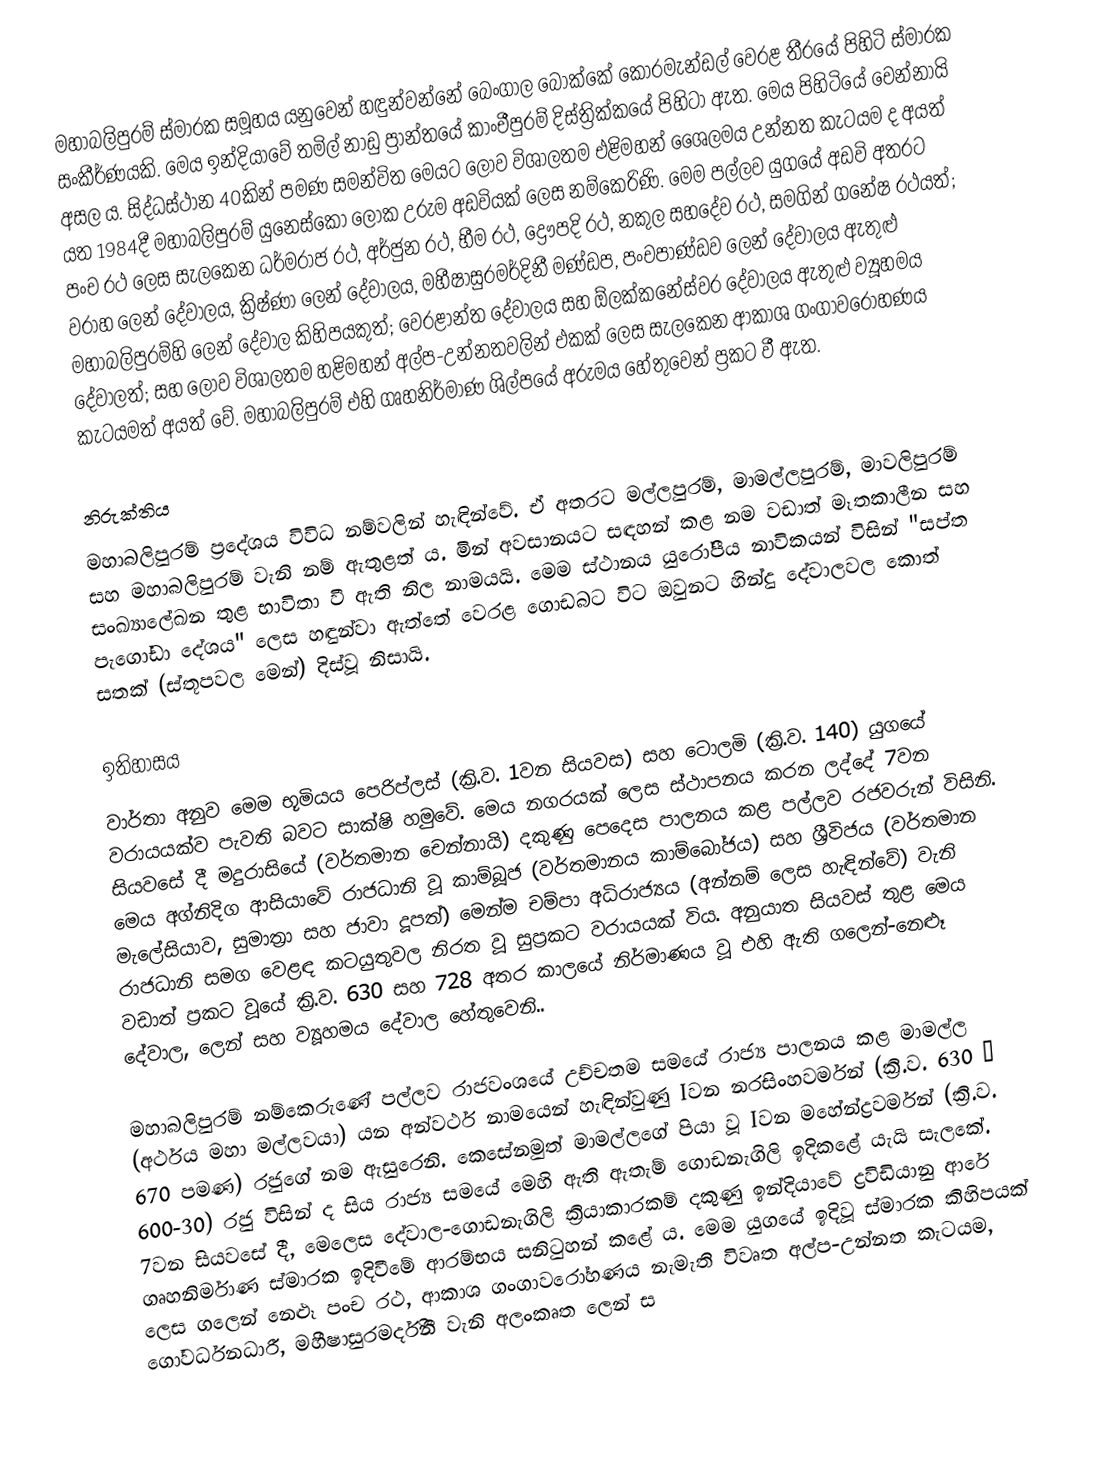
මහාබලිපුරම් ස්මාරක සමූහය යනුවෙන් හඳුන්වන්නේ බෙංගාල බොක්කේ කොරමැන්ඩල් වෙරළ තීරයේ පිහිටි ස්මාරක සංකීර්ණයකි. මෙය  ඉන්දියාවේ තමිල් නාඩු ප්‍රාන්තයේ කාංචීපුරම් දිස්ත්‍රික්කයේ පිහිටා ඇත. මෙය පිහිටියේ චෙන්නායි අසල ය. සිද්ධස්ථාන 40කින් පමණ සමන්විත මෙයට ලොව විශාලතම එළිමහන් ශෛලමය උන්නත කැටයම ද අයත් යත 1984දී මහාබලිපුරම් යුනෙස්කෝ ලෝක උරුම අඩවියක් ලෙස නම්කෙරිණි. මෙම පල්ලව යුගයේ අඩවි අතරට පංච රථ ලෙස සැලකෙන ධර්මරාජ රථ, අර්ජුන රථ, භීම රථ, ද්‍රෞපදි රථ, නකුල සහදේව රථ, සමගින් ගනේෂ රථයත්; වරාහ ලෙන් දේවාලය, ක්‍රිෂ්ණා ලෙන් දේවාලය, මහීෂාසුරමර්දිනී මණ්ඩප, පංචපාණ්ඩව ලෙන් දේවාලය ඇතුළු මහාබලිපුරම්හි ලෙන් දේවාල කිහිපයකුත්; වෙරළාන්ත දේවාලය සහ ඕලක්කනේස්වර දේවාලය ඇතුළු ව්‍යූහමය දේවාලත්; සහ ලොව විශාලතම හළිමහන් අල්ප-උන්නතවලින් එකක් ලෙස සැලකෙන ආකාශ ගංගාවරෝහණය කැටයමත් අයත් වේ. මහාබලිපුරම් එහි ගෘහනිර්මාණ ශිල්පයේ අරුමය හේතුවෙන් ප්‍රකට වී ඇත.

නිරුක්තිය
මහාබලිපුරම් ප්‍රදේශය විවිධ නම්වලින් හැඳින්වේ. ඒ අතරට මල්ලපුරම්, මාමල්ලපුරම්, මාවලිපුරම් සහ මහාබලිපුරම් වැනි නම් ඇතුළත් ය. මින් අවසානයට සඳහන් කළ නම වඩාත් මෑතකාලීන සහ සංඛ්‍යාලේඛන තුළ භාවිතා වී ඇති නිල නාමයයි. මෙම ස්ථානය යුරෝපීය නාවිකයන් විසින් "සප්ත පැගෝඩා දේශය" ලෙස හඳුන්වා ඇත්තේ වෙරළ ගොඩබට විට ඔවුනට හින්දු දේවාලවල කොත් සතක් (ස්තූපවල මෙන්) දිස්වූ නිසායි.

ඉතිහාසය
වාර්තා අනුව මෙම භූමියය පෙරිප්ලස් (ක්‍රි.ව. 1වන සියවස) සහ ටොලමි (ක්‍රි.ව. 140) යුගයේ ‍වරායයක්ව පැවති බවට සාක්ෂි හමුවේ. මෙය නගරයක් ලෙස ස්ථාපනය කරන ලද්දේ 7වන සියවසේ දී මදුරාසියේ (වර්තමාන චෙන්නායි) දකුණු පෙදෙස පාලනය කළ පල්ලව රජවරුන් විසිනි. මෙය අග්නිදිග ආසියාවේ රාජධානි වූ කාම්බූජ (වර්තමානය කාම්බෝජය) සහ ශ්‍රීවිජය (වර්තමාන මැලේසියාව, සුමාත්‍රා සහ ජාවා දූපත්) මෙන්ම චම්පා අධිරාජ්‍යය (අන්නම් ලෙස හැඳින්වේ) වැනි රාජධානි සමග වෙළඳ කටයුතුවල නිරත වූ සුප්‍රකට වරායයක් විය. අනුයාත සියවස් තුළ මෙය වඩාත් ප්‍රකට වූයේ ක්‍රි.ව. 630 සහ 728 අතර කාලයේ නිර්මාණය වූ එහි ඇති ගලෙන්-නෙළූ දේවාල, ලෙන් සහ ව්‍යූහමය දේවාල හේතුවෙනි..

මහාබලිපුරම් නම්කෙරුණේ පල්ලව රාජවංශයේ උච්චතම සමයේ රාජ්‍ය පාලනය කළ මාමල්ල (අර්ථය මහා මල්ලවයා) යන අන්වර්ථ නාමයෙන් හැඳින්වුණු Iවන නරසිංහවර්මන් (ක්‍රි.ව. 630 – 670 පමණ) රජුගේ නම ඇසුරෙනි. කෙසේනමුත් මාමල්ලගේ පියා වූ Iවන මහේන්ද්‍රවර්මන් (ක්‍රි.ව. 600-30) රජු විසින් ද සිය රාජ්‍ය සමයේ මෙහි ඇති ඇතැම් ගොඩනැගිලි ඉදිකළේ යැයි සැලකේ. 7වන සියවසේ දී, මෙලෙස දේවාල-ගොඩනැගිලි ක්‍රියාකාරකම් දකුණු ඉන්දියාවේ ද්‍රවිඩියානු ආරේ ගෘහනිර්මාණ ස්මාරක ඉදිවීමේ ආරම්භය සනිටුහන් කළේ ය. මෙම යුගයේ ඉදිවූ ස්මාරක කිහිපයක් ලෙස ගලෙන් නෙළූ පංච රථ, ආකාශ ගංගාවරෝහණය නැමැති විවෘත අල්ප-උන්නත කැටයම, ගෝවර්ධනධාරී, මහීෂාසුරමර්දිනී වැනි අලංකෘත ලෙන් ස